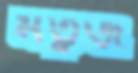
মর্তুজ